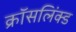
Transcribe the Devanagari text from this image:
क्रॉसलिंक्ड